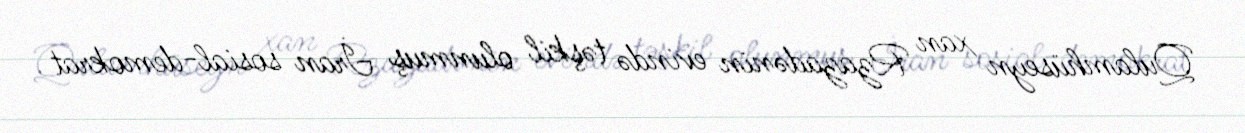
Qulamhüseyn xan Rzazadənin evində təşkil olunmuş İran sosial-demokrat